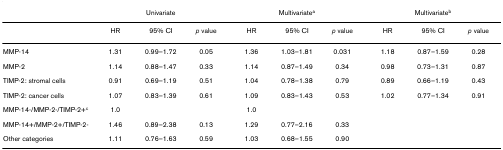
<table><thead><tr><td></td><td colspan="3"><b>Univariate</b></td><td colspan="3"><b>Multivariate<sup>a</sup></b></td><td colspan="3"><b>Multivariate<sup>b</sup></b></td></tr></thead><tbody><tr><td></td><td>HR</td><td>95% CI</td><td><i>p </i>value</td><td>HR</td><td>95% CI</td><td><i>p </i>value</td><td>HR</td><td>95% CI</td><td><i>p </i>value</td></tr><tr><td>MMP-14</td><td>1.31</td><td>0.99–1.72</td><td>0.05</td><td>1.36</td><td>1.03–1.81</td><td>0.031</td><td>1.18</td><td>0.87–1.59</td><td>0.28</td></tr><tr><td>MMP-2</td><td>1.14</td><td>0.88–1.47</td><td>0.33</td><td>1.14</td><td>0.87–1.49</td><td>0.34</td><td>0.98</td><td>0.73–1.31</td><td>0.87</td></tr><tr><td>TIMP-2: stromal cells</td><td>0.91</td><td>0.69–1.19</td><td>0.51</td><td>1.04</td><td>0.78–1.38</td><td>0.79</td><td>0.89</td><td>0.66–1.19</td><td>0.43</td></tr><tr><td>TIMP-2: cancer cells</td><td>1.07</td><td>0.83–1.39</td><td>0.61</td><td>1.09</td><td>0.83–1.43</td><td>0.53</td><td>1.02</td><td>0.77–1.34</td><td>0.91</td></tr><tr><td>MMP-14-/MMP-2-/TIMP-2+<sup>c</sup></td><td>1.0</td><td></td><td></td><td>1.0</td><td></td><td></td><td></td><td></td><td></td></tr><tr><td>MMP-14+/MMP-2+/TIMP-2-</td><td>1.46</td><td>0.89–2.38</td><td>0.13</td><td>1.29</td><td>0.77–2.16</td><td>0.33</td><td></td><td></td><td></td></tr><tr><td>Other categories</td><td>1.11</td><td>0.76–1.63</td><td>0.59</td><td>1.03</td><td>0.68–1.55</td><td>0.90</td><td></td><td></td><td></td></tr></tbody></table>